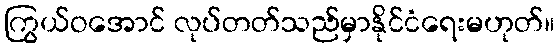
ကြွယ်ဝအောင် လုပ်တတ်သည်မှာနိုင်ငံရေးမဟုတ်။